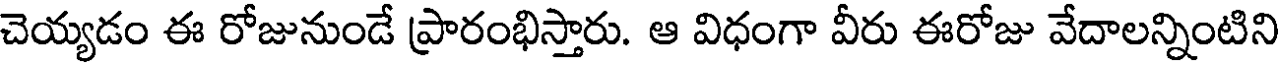
చెయ్యడం ఈ రోజునుండే ప్రారంభిస్తారు. ఆ విధంగా వీరు ఈరోజు వేదాలన్నింటిని